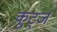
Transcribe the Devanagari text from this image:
कूट्ज